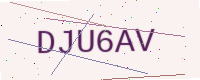
Text: DJU6AV